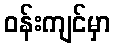
ဝန်းကျင်မှာ